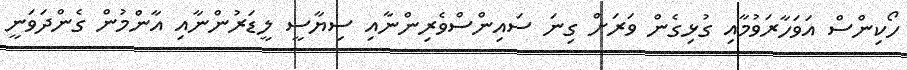
ހޯކިންސް އަވަހާރަވުމާއި ގުޅިގެން ވަރަށް ގިނަ ސައިންސްވެރިންނާއި ސިޔާސީ ލީޑަރުންނާއި އާންމުން ގެންދަވަނީ